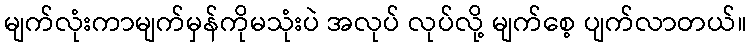
မျက်လုံးကာမျက်မှန်ကိုမသုံးပဲ အလုပ် လုပ်လို့ မျက်စေ့ ပျက်လာတယ်။